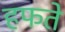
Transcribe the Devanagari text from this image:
हफते